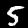
Digit: 5